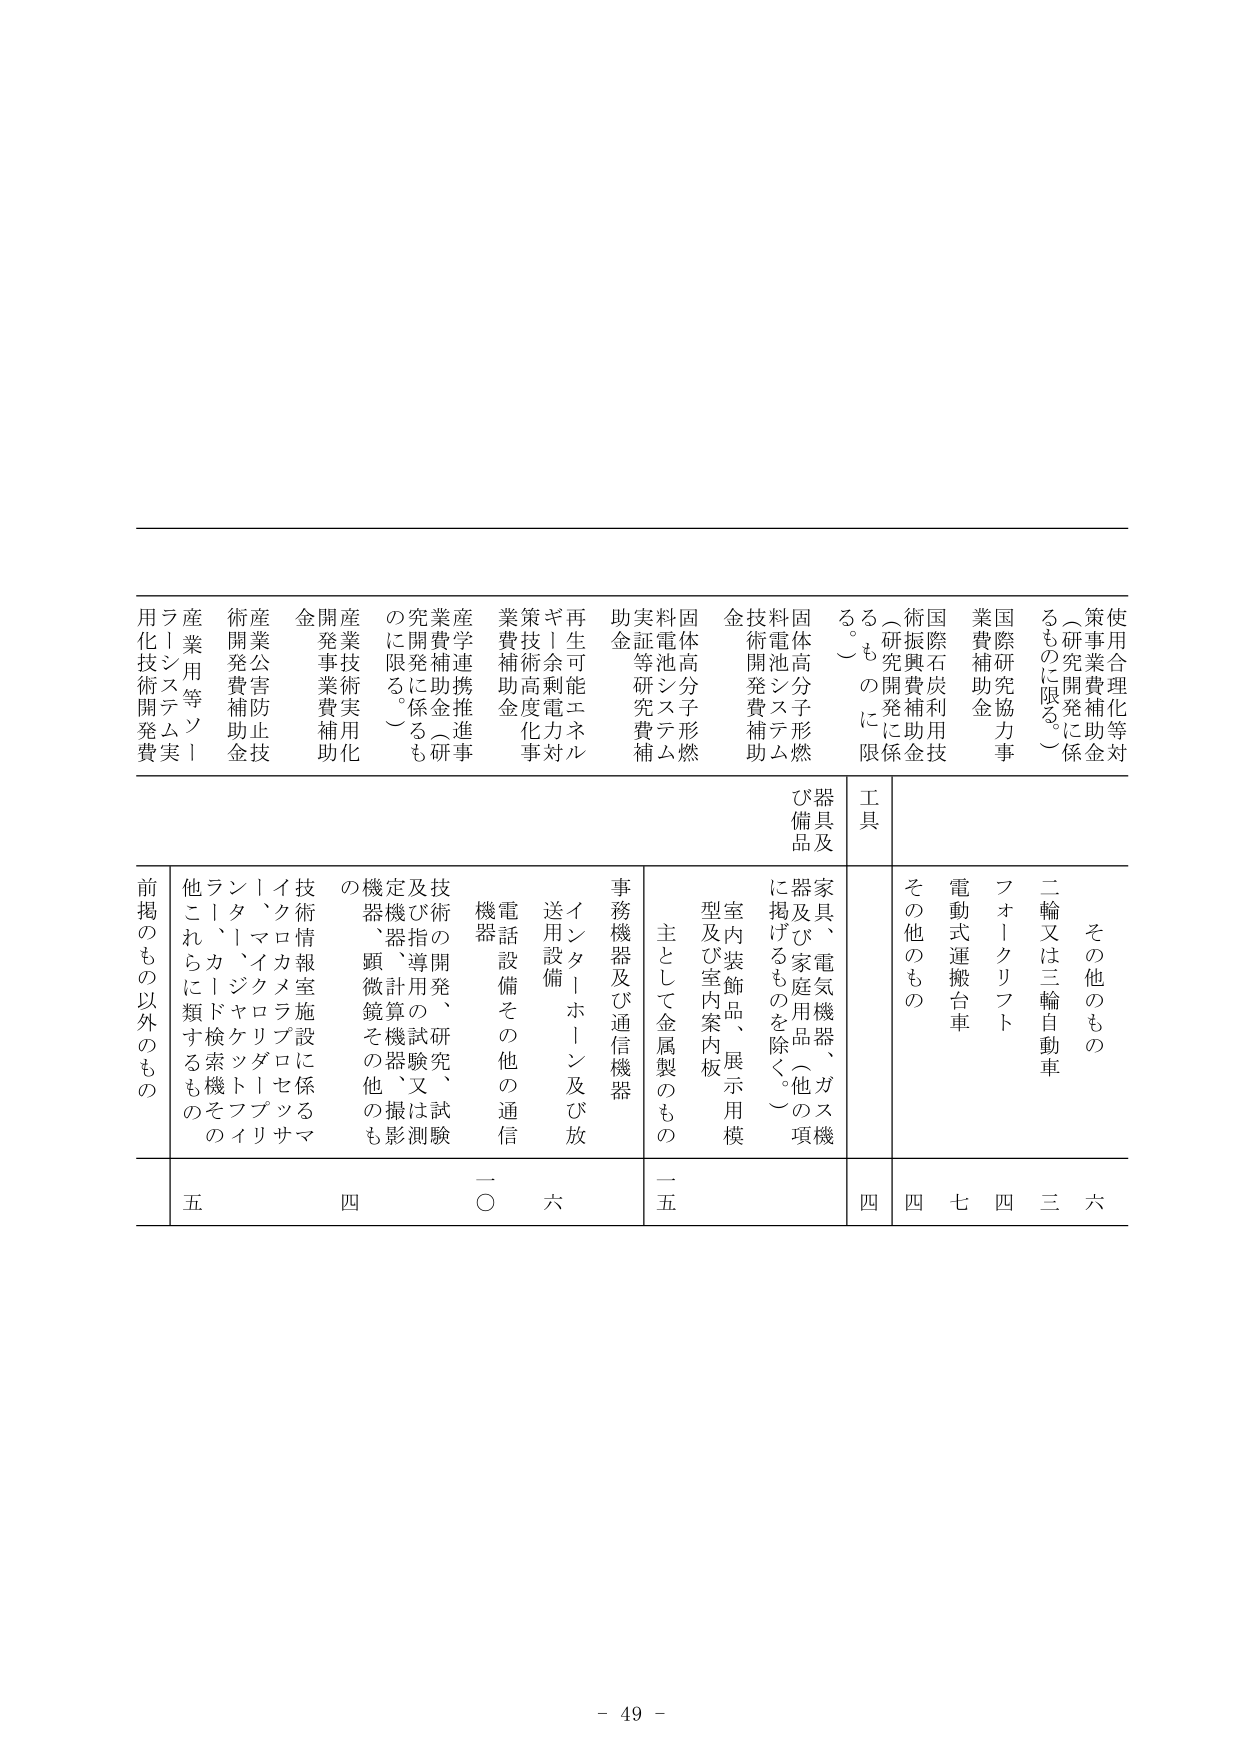
使用合理化等対策事業費補助金
（研究開発に係るものに限る。）
国際研究協力事業費補助金
国際石炭利用技術振興費補助金
（研究開発に係るものに限る。）
固体高分子形燃料電池システム技術開発費補助
固体高分子形燃料電池システム実証等研究費補助金
再生可能エネルギー余剰電力対策技術高度化事業費補助金
産学連携推進事業費補助金（研究開発に係るものに限る。）
産業技術実用化開発事業費補助金
産業公害防止技術開発費補助金
産業用等ソーラーシステム実用化技術開発費
工具
器具及び備品
その他のもの
二輪又は三輪自動車
フォークリフト
電動式運搬台車
その他のもの
家具、電気機器、ガス機器及び家庭用品（他の項機に掲げるものを除く。）
室内装飾品、展示用模型及び室内案内板
主として金属製のもの
事務機器及び通信機器
インターネット及び放送用設備
電話設備その他の通信機器
技術の開発、研究、試験及び指揮用の試験機、計算機、撮影機器、顕微鏡その他のもの
技術情報室施設に係るマイクロメトロロジーセンサ、マクロメトロロジーセンサ、ジャケットフィルタ、カード検索機その他のもの
前掲のもの以外のもの
六
三
四
七
四
四
一五
一〇
六
四
五
- 49 -